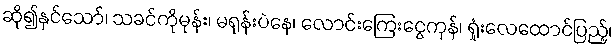
ဆို၍နှင်သော်၊ သခင်ကိုမုန်း၊ မရုန်းပဲနေ၊ လောင်းကြေးငွေကုန်၊ ရှုံးလေထောင်ပြည့်၊